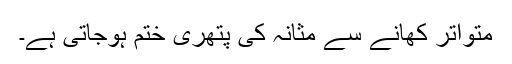
متواتر کھانے سے مثانہ کی پتھری ختم ہوجاتی ہے۔